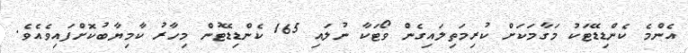
އެންމެ ކެންޑިޑޭޓަކު މަގާމަކަށް ކުރިމަތިލައިގެން ވޯޓަކާ ނުލައި 165 ކެންޑިޑޭޓުން މިހާރު ކާމިޔާބުކޮށްފައިވެއެވެ.